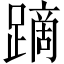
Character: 蹢